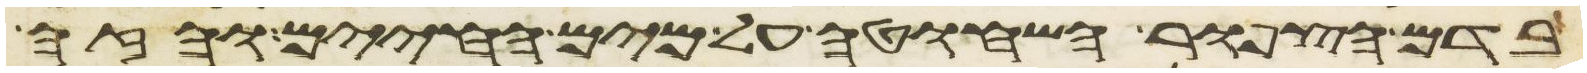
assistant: בדם הצפור השחוטה על מים החיים והזה